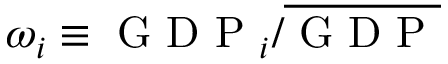
\omega _ { i } \equiv { \mathrm { ~ G ~ D ~ P ~ } _ { i } } / { \overline { { \mathrm { ~ G ~ D ~ P ~ } } } }